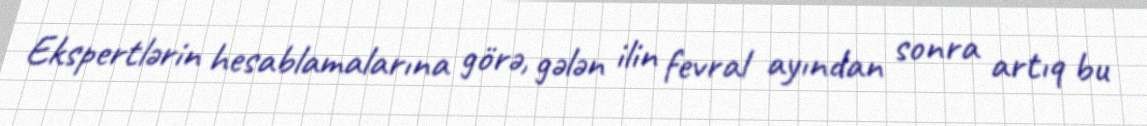
Ekspertlərin hesablamalarına görə, gələn ilin fevral ayından sonra artıq bu